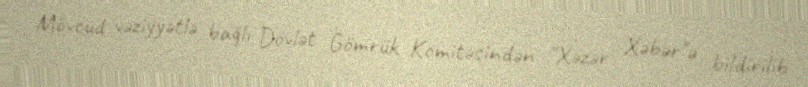
Mövcud vəziyyətlə bağlı Dövlət Gömrük Komitəsindən "Xəzər Xəbər"ə bildirilib